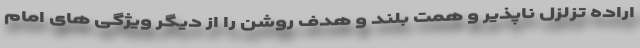
اراده تزلزل ناپذیر و همت بلند و هدف روشن را از دیگر ویژگی های امام